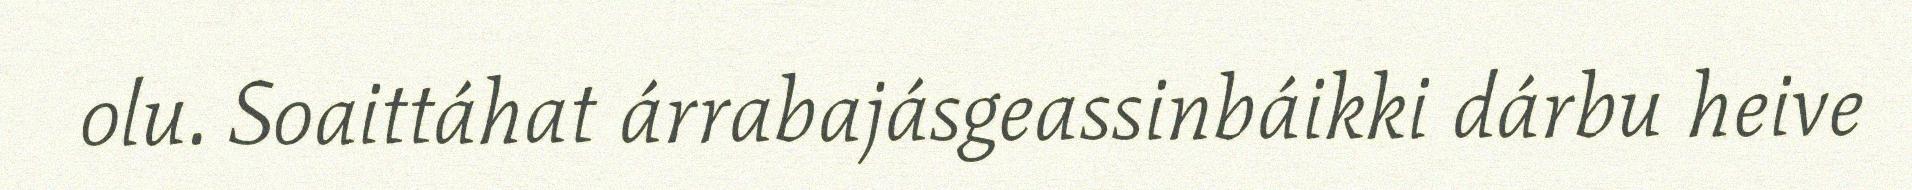
olu. Soaittáhat árrabajásgeassinbáikki dárbu heive